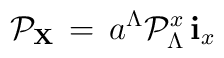
{\cal P}_{\bf X}\, = \, a^\Lambda {\cal P}_\Lambda^x \, {\bf i}_x